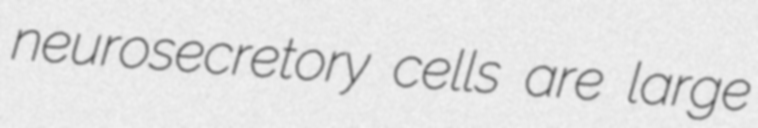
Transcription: neurosecretory cells are large